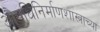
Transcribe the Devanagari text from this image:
औषधिनिर्माणशास्त्राच्या